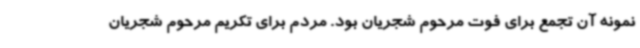
نمونه آن تجمع برای فوت مرحوم شجریان بود. مردم برای تکریم مرحوم شجریان